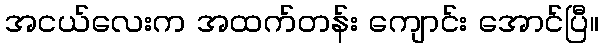
အငယ်လေးက အထက်တန်း ကျောင်း အောင်ပြီ။